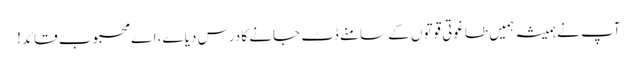
آپ نے ہمیشہ ہمیں طاغوتی قوتوں کے سامنے ڈٹ جانے کا درس دیا ے، اے محبوب قائد!